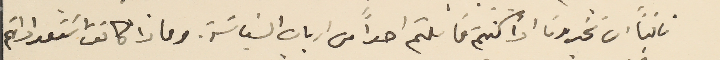
ثانياً ان تخبرونا اذا كنتم قابلتم احداً من ارباب السَياسَة. وماذا كانت اسَتعدادتهم